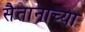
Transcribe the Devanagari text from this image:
सैतानाच्या